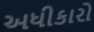
અધીકારો